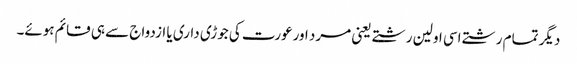
دیگر تمام رشتے اسی اولین رشتے یعنی مرد اورعورت کی جوڑی داری یا ازدواج سے ہی قائم ہوئے۔